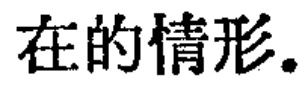
在的情形.